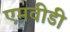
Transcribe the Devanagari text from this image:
एमवीडी